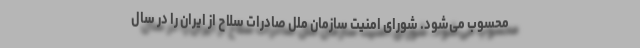
محسوب می‌شود. شورای امنیت سازمان ملل صادرات سلاح از ایران را در سال